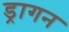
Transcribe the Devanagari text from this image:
ड्रागन